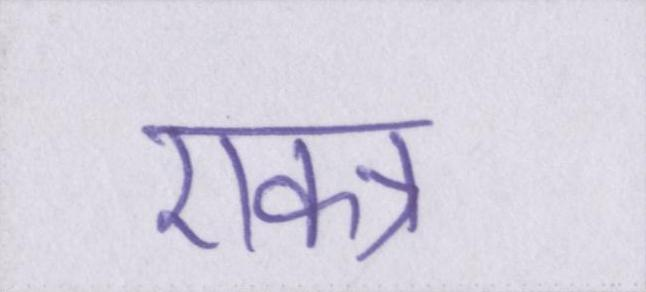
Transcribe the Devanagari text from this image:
एकत्र